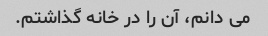
می دانم، آن را در خانه گذاشتم.